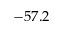
- 5 7 . 2